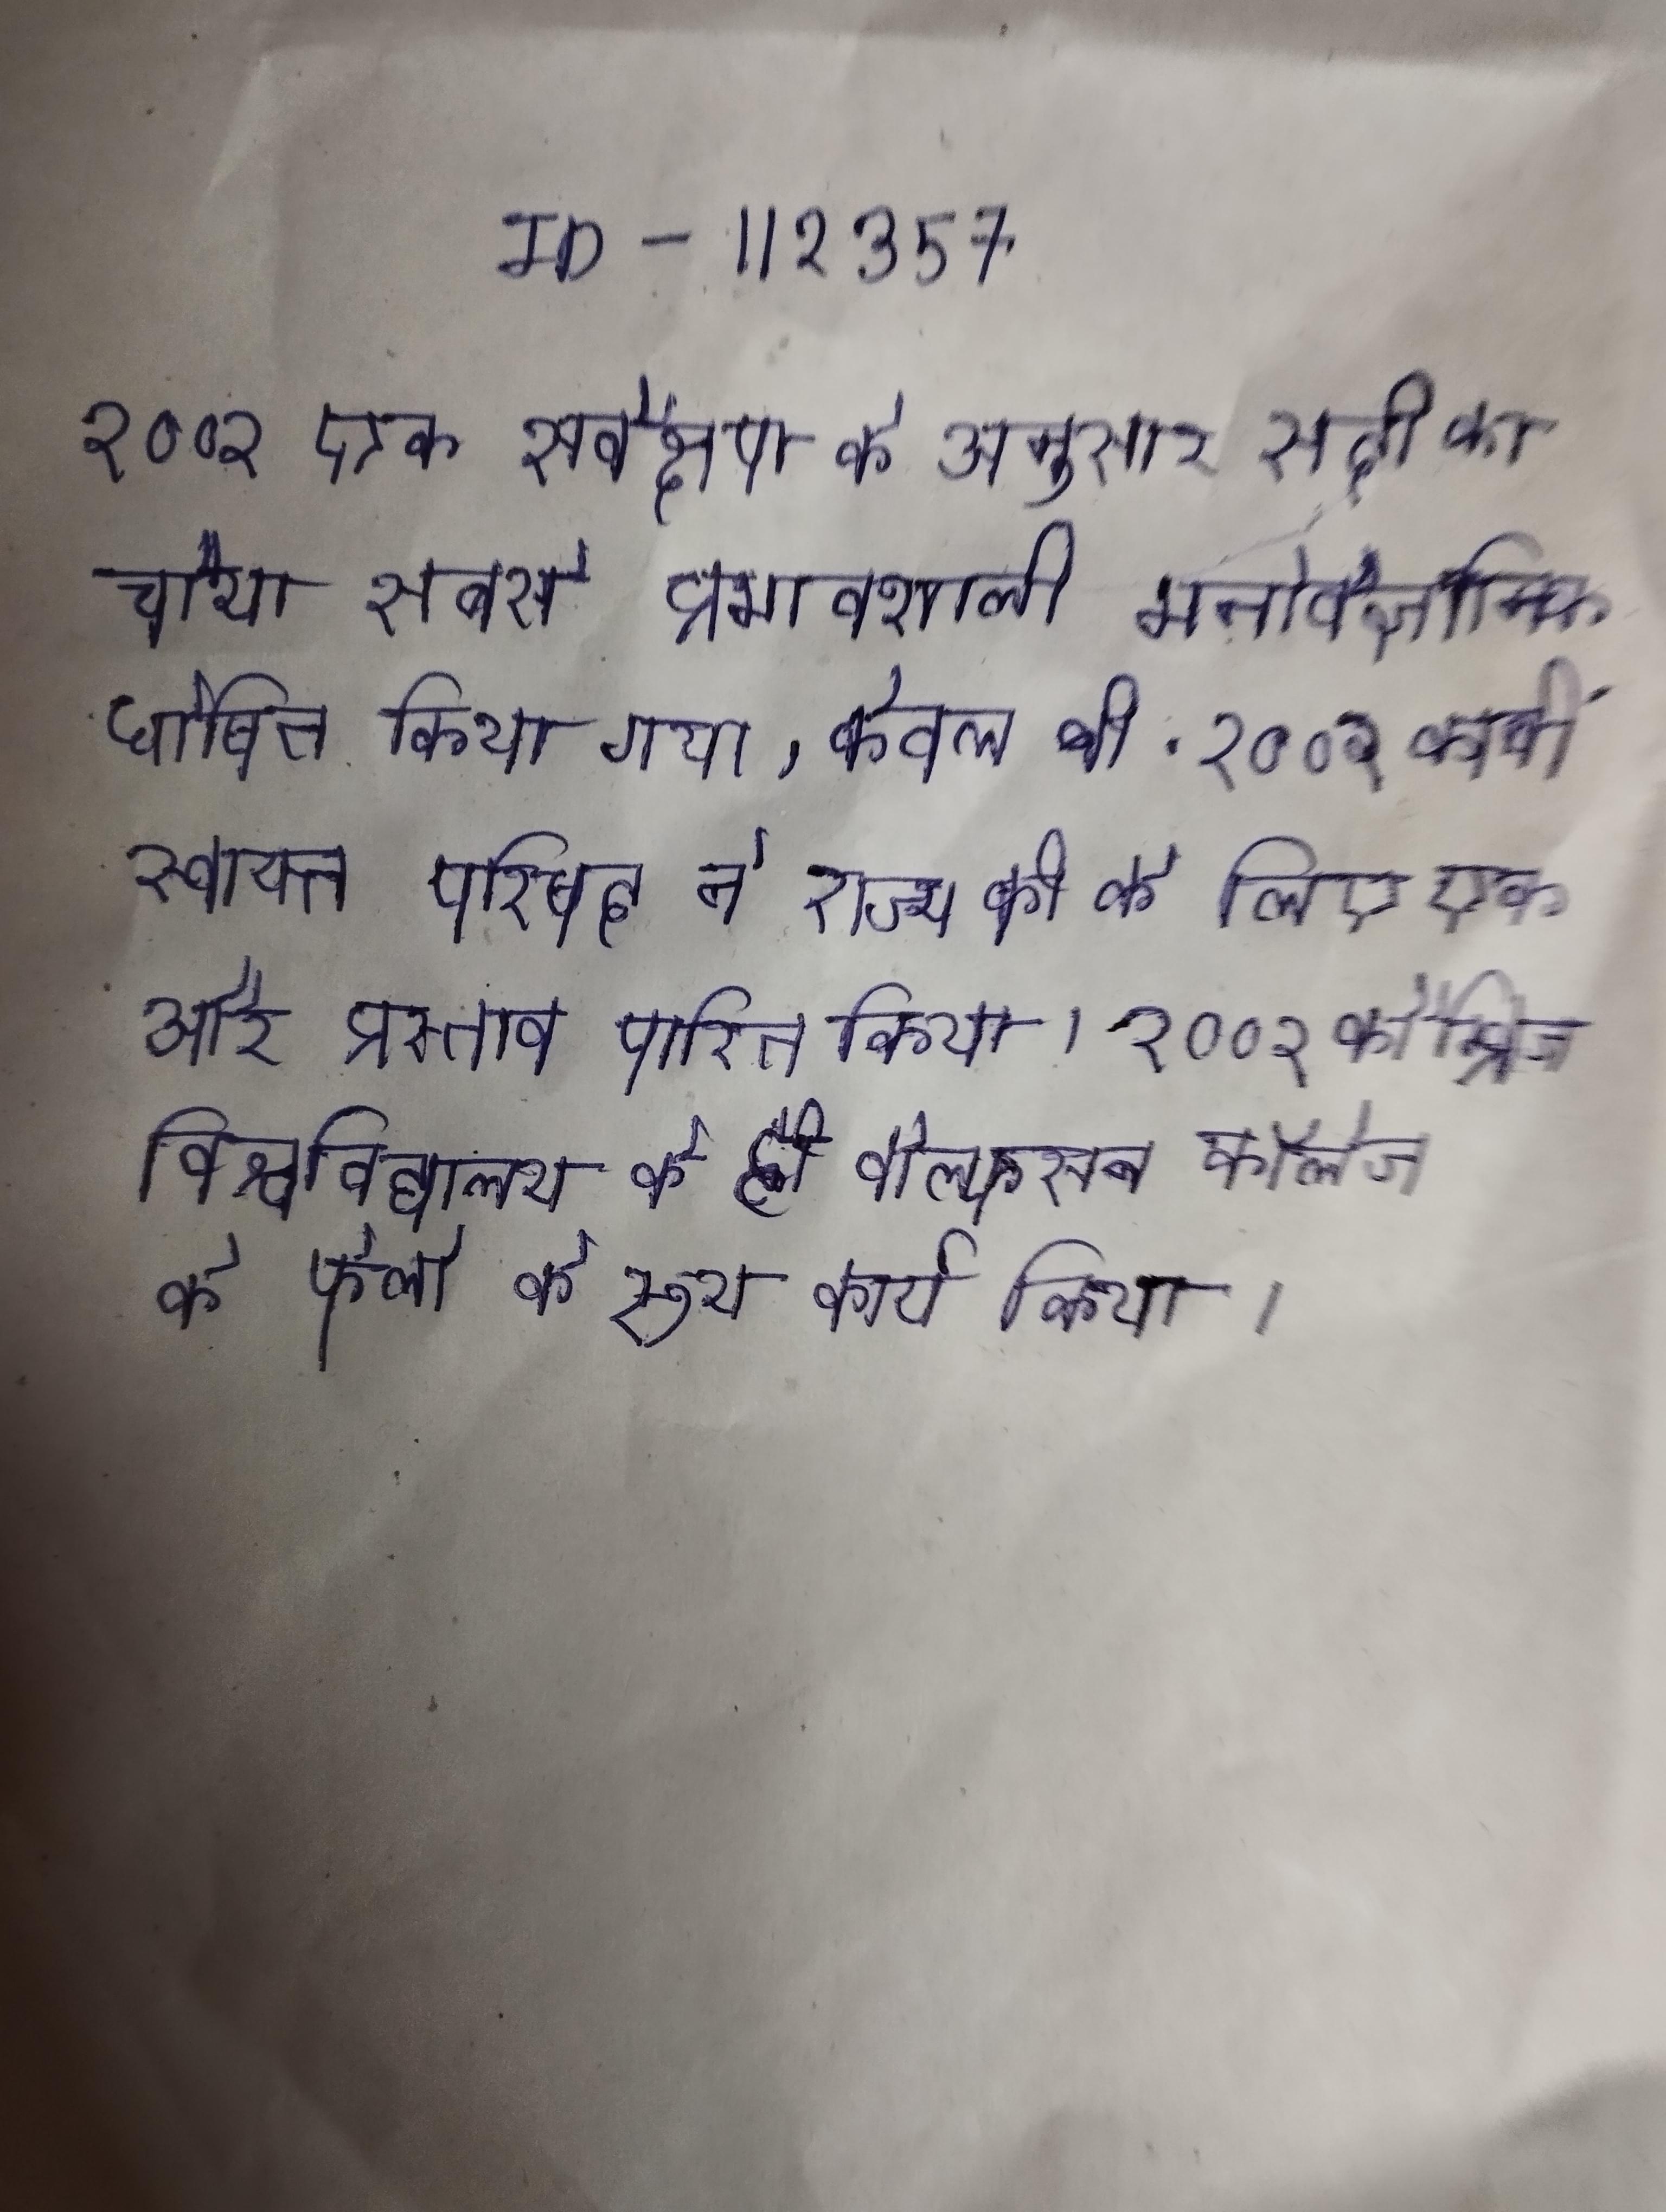
ने को को भोपाल के नवाब के रूप मान्यता दी और अगले वर्ष उसकी सैन्य सलामी को कर दी । ने अपना शासन मजबूत करने के लिये देश शिक्षा व्यवस्था, कानून व्यवस्था, डाक सेवा, रेल सेवा, प्रेस जैसी का सृजन किया ।